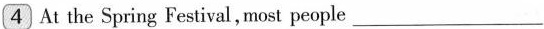
\boxed{4} At the Spring Festival,most people ___